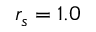
r _ { s } = 1 . 0